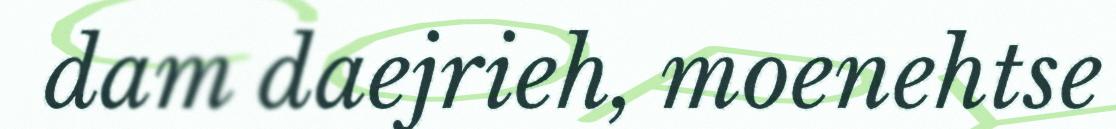
dam daejrieh, moenehtse